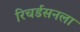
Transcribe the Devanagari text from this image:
रिचर्डसनला